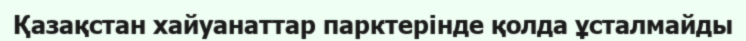
Қазақстан хайуанаттар парктерінде қолда ұсталмайды